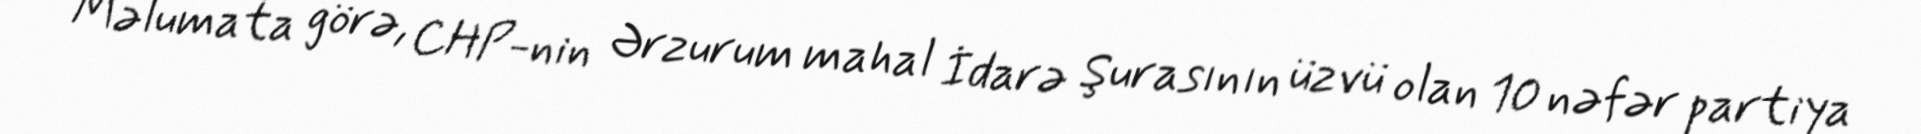
Məlumata görə, CHP-nin Ərzurum mahal İdarə Şurasının üzvü olan 10 nəfər partiya